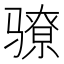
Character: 𬴉